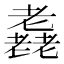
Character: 𦓈